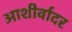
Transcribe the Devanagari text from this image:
आशीर्वादर